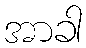
အာခါ